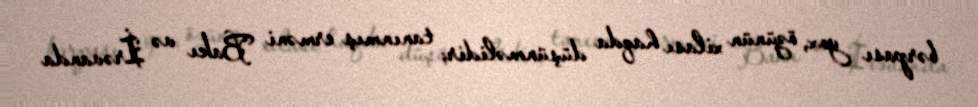
bərpası yox, özünün xilası haqda düşünməlidir; tanınmış erməni Bakı və İrəvanda